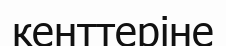
кенттеріне